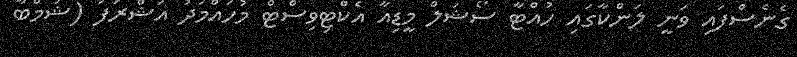
ގެނެސްފައި ވަނީ ލަންކާގައި ހުއްޓާ ސޯޝަލް މީޑިއާ އެކްޓިވިސްޓް މުހައްމަދު އަޝްރަފު (ޝުމްބާ